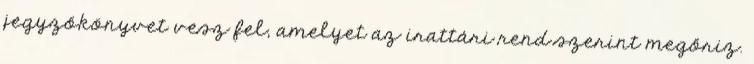
jegyzőkönyvet vesz fel, amelyet az irattári rend szerint megőriz.